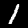
Digit: 1